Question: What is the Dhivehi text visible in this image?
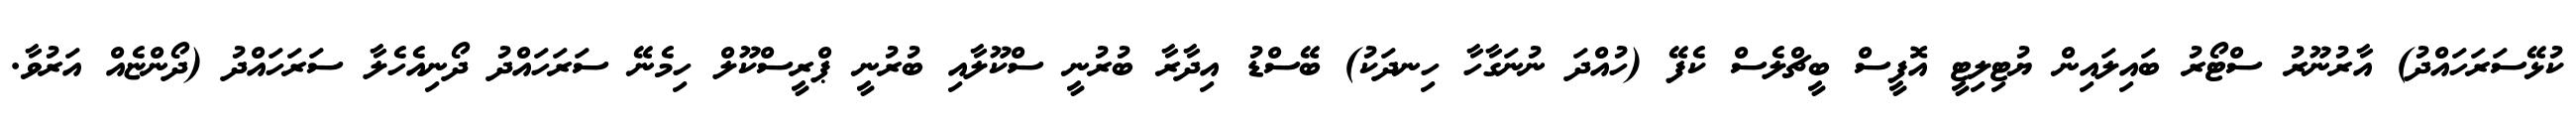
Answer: ކުޅޭސަރަހައްދު) އާރުނޫރު ސްޓޯރު ބައިލައިން ޔުޓިލިޓީ އޮފީސް ބީޗްލެސް ކެފޭ (ހުއްދަ ނުނަގާހާ ހިނދަކު) ބޭސްޑު އިދާރާ ބުރުނީ ސްކޫލާއި ބުރުނީ ޕްރީސްކޫލް ހިމެނޭ ސަރަހައްދު ދޯނިއެހެލާ ސަރަހައްދު (ދޯންޏެއް އަރުވާ.